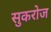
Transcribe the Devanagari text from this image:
सुकरोज